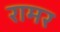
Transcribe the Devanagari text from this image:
रामर